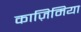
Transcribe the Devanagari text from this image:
काज़िमिया